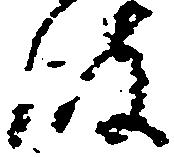
波